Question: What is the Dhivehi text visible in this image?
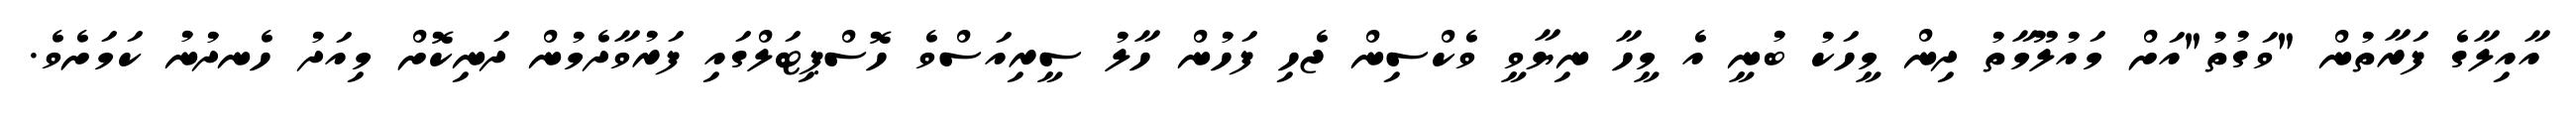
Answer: އާއިލާގެ ފަރާތުން "ވަގުތު"އަށް މައުލޫމާތު ދިން މީހަކު ބުނީ އެ މީހާ ނިޔާވީ ވެކްސިން ޖެހި ފަހުން ހާލު ސީރިއަސްވެ ހޮސްޕިޓަލްގައި ފަރުވާދެމުން ދަނިކޮށް މިއަދު ހެނދުނު ކަމަށެވެ.